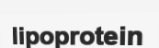
lipoprotein